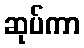
ဆုပ်ကာ